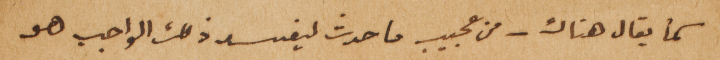
كما يقال هناك – من عجيب ما حدث ليفسد ذلك والواجب هو